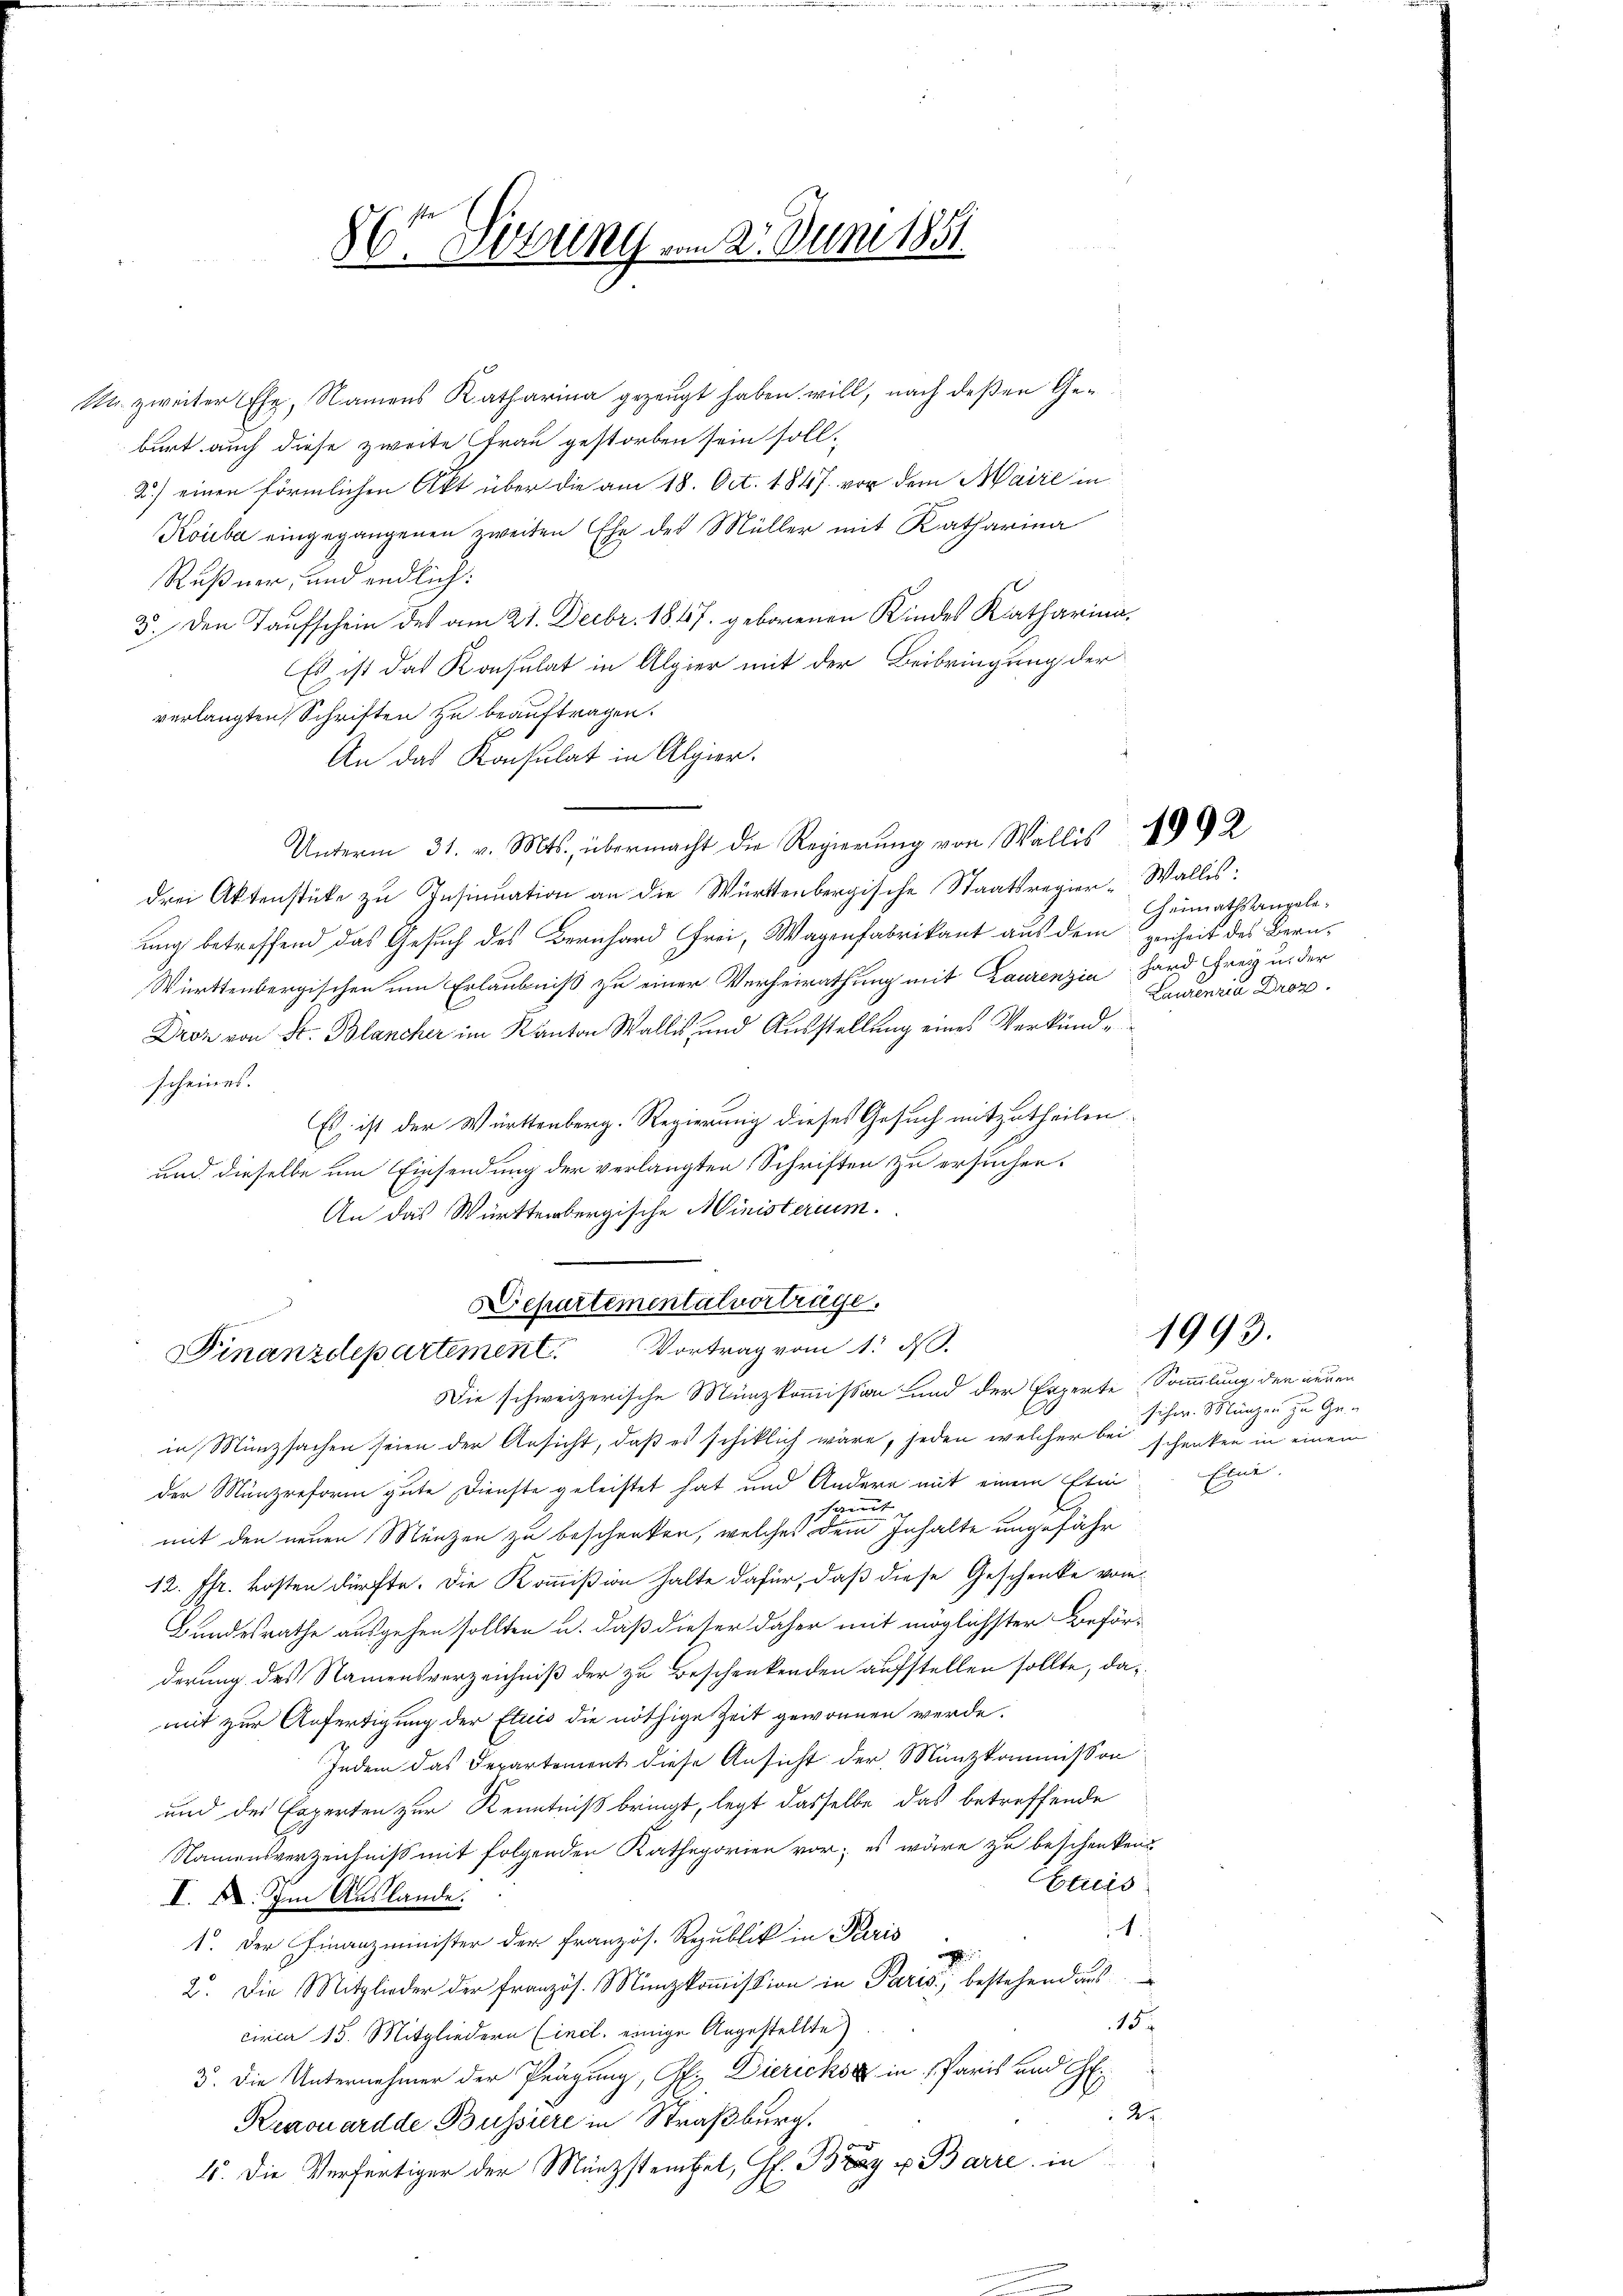
1

86 Sizung am 21. Juni 1851.

u zweiter Ehe, Namens Katharina gezeugt haben will, nach deßen Geburt auch diese zweite Frau gestorben sein soll,
2.) einen förmlichen Akt über die am 18. Oct. 1847 vor dem Maire in
Kouba eingegangenen zweiten Ehe des Müller mit Katharina
Rußner, und endlich:
3. Den Taufschein des am 21. Decbr. 1847. geborenen Kindes Katharina,
Es ist das Konsulat in Algier mit der Beibringung der
verlangten Schriften zu beauftragen.
An das Konsulat in Alpier.
5
Unterm 31. v. Mts. übermacht die Regierŭng von Wallis 1002
drei Aktenstücke zu Insinuation an die Württenbergische Staatsregier-Wallis:
ung betreffend das Gesuch des Bernhard Frei, Wagenfabrikant aus dem genheit des Bern¬
Württenbergischen um Erlaubniß zu einer Verheirathung mit Laurenzia Hard Freiz u. der
Droz von St. Blancher im Kanton Wallis und Ausstellung eines Verkundscheines.
Es ist der Württenberg. Regierung dieses Gesuch mitzutheilen.
und dieselbe um Einsendung der verlangten Schriften zu ersuchen.
An das Württembergische Ministerium.

Separtemental vorträge.
Vortrag vom 1. d.
Finanzdepartement
Die schweizerische Münzkommission und der Experte Sammlung der neuen

heimathsangele¬
Laurenzia Droz.

in Münzsachen seien der Ansicht, daß es schiklich wäre, jeden welcher bei schenken in einem
der Münzreform gute Dienste geleistet hat und Andern mit einem Etin
sgunst |
ch
mit den neuen Münzen zu beschenken, welches dem Inhalte ungefähr
12. Fr. kosten dürfte. Die Kommißion halte dafür, daß diese Geschenke vom
Bundesrathe ausgehen sollten u. daß dieser daher mit möglichster Beförderung des Namensverzeichniß der zu Beschenkenden aufstellen sollte, damit zur Anfertigung der Etuis die nöthige Zeit gewonnen werde.
Indem das Departement diese Ansicht der Münzkommisson
und des Experten zur Kenntniß bringt, legt dasselbe das betreffende
Namensverzeichniß mit folgenden Kathegorien vor; es wäre zu beschenken
Etuis
I. X. Im Auslande.
1.
1. Der Finanzminister der französ. Republik in Paris
r
2. Die Mitglieder der französ. Münzkommission in Paris, bestehend aus
157
circa 15. Mitgliedern (incl. einige Angestellte)
3. Die Unternehmer der Prägung, Ofi, Diricksa in Paris und G
25
Renouard de Bussiere in Straßburg.
15. Die Verfertiger der Münzsteifel, H. Braz u. Barre in

1993.

schw. Münzen zu Ge-
Eine